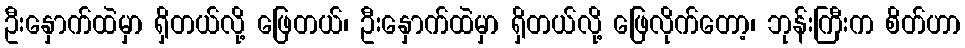
ဦးနှောက်ထဲမှာ ရှိတယ်လို့ ဖြေတယ်၊ ဦးနှောက်ထဲမှာ ရှိတယ်လို့ ဖြေလိုက်တော့၊ ဘုန်းကြီးက စိတ်ဟာ